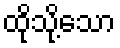
ထိုသို့သော